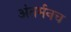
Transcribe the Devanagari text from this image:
अंतर्मनच